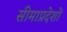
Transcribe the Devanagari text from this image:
सीमाप्रदेशों